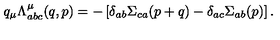
q _ { \mu } \Lambda _ { a b c } ^ { \mu } ( q , p ) = - \left[ \delta _ { a b } \Sigma _ { c a } ( p + q ) - \delta _ { a c } \Sigma _ { a b } ( p ) \right] .